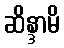
ဆိန္ဒာမိ